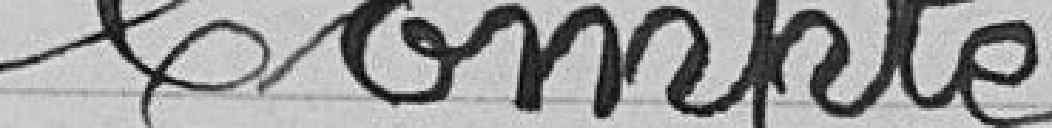
Compte